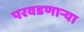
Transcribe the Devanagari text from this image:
परवडणाऱ्या